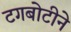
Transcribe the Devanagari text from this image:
टगबोटीने